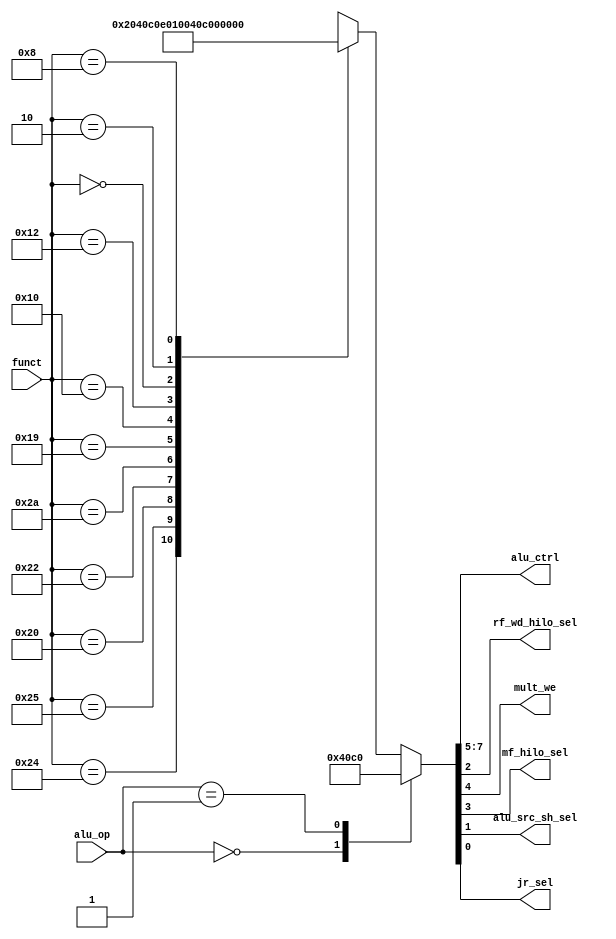
module auxdec (
        input  wire [1:0] alu_op,
        input  wire [5:0] funct,
        output wire [2:0] alu_ctrl,
        
        // New output wires
        // New outputs
        output wire rf_wd_hilo_sel,
        output wire mult_we,
        output wire mf_hilo_sel,
        output wire alu_src_sh_sel,
        output wire jr_sel
      
    );

    reg [7:0] ctrl;

    assign {alu_ctrl, mult_we, mf_hilo_sel, rf_wd_hilo_sel, alu_src_sh_sel, jr_sel} = ctrl;

    always @ (alu_op, funct) begin
        case (alu_op)
            2'b00: ctrl = 8'b010_0_0_0_0_0;          // ADD
            2'b01: ctrl = 8'b110_0_0_0_0_0;          // SUB
            default: case (funct)
                6'b10_0100: ctrl = 8'b000_0_0_0_0_0; // AND
                6'b10_0101: ctrl = 8'b001_0_0_0_0_0; // OR
                6'b10_0000: ctrl = 8'b010_0_0_0_0_0; // ADD
                6'b10_0010: ctrl = 8'b110_0_0_0_0_0; // SUB
                6'b10_1010: ctrl = 8'b111_0_0_0_0_0; // SLT
                6'b01_1001: ctrl = 8'b000_1_0_0_0_0; // MULTU
                6'b01_0000: ctrl = 8'b000_0_0_1_0_0; // MFHI
                6'b01_0010: ctrl = 8'b000_0_1_1_0_0; // MFLO
                6'b00_0000: ctrl = 8'b100_0_0_0_1_0; // SLL
                6'b00_0010: ctrl = 8'b101_0_0_0_1_0; // SLR
                6'b00_1000: ctrl = 8'b000_0_0_0_0_1; // JR
                default:    ctrl = 8'bxxx_x_x_x_x_x;
            endcase
        endcase
    end

endmodule